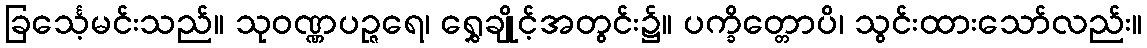
ခြင်္သေ့မင်းသည်။ သုဝဏ္ဏပဉ္ဇရေ၊ ရွှေချိုင့်အတွင်း၌။ ပက္ခိတ္တောပိ၊ သွင်းထားသော်လည်း။